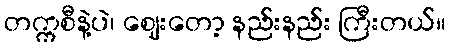
တက္ကစီနဲ့ပဲ၊ ဈေးတော့ နည်းနည်း ကြီးတယ်။